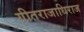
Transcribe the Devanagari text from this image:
गीतराजाधिराज